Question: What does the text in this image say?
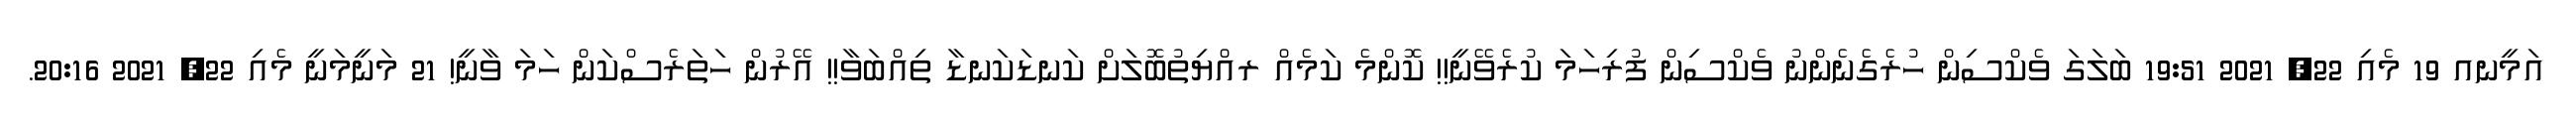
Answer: އަމީނއ 19 މެއި 22, 2021 19:51 ބަލަގަ ވެކްސިން ހުރެގެނެންނު ވެކްސިން ފުރިހަމަ ކުރެވޭނީ!! ކޮންމެ ކަމެއް ރއްޔިތުބޮލަށް ކަނޑަކަނޑާ ތިއްބަވާ!! އޭރުން ހަތަރެސްކަން ހަމަ ވާނީ! 21 މަނީމަނީ މެއި 22, 2021 20:16.